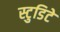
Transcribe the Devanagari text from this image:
स्टुडिटे